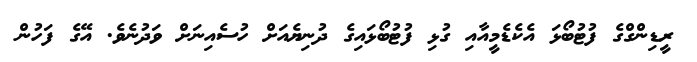
ރީޑިންގްގެ ފުޓުބޯޅަ އެކެޑެމީއާއި ގުޅި ފުޓުބޯޅައިގެ ދުނިޔެއަށް ހުސެއިނަށް ވަދުނެވެ. އޭގެ ފަހުން